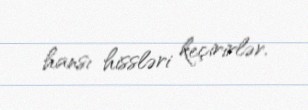
hansı hissləri keçirirlər.